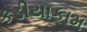
કડીયાકામ